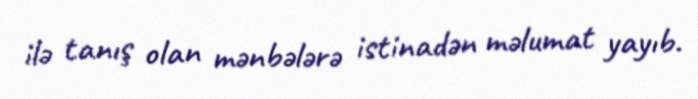
ilə tanış olan mənbələrə istinadən məlumat yayıb.